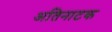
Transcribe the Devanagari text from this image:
अतिनाटक